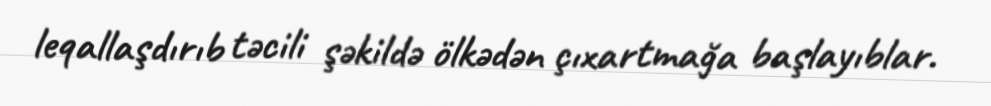
leqallaşdırıb təcili şəkildə ölkədən çıxartmağa başlayıblar.